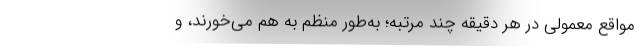
مواقع معمولی در هر دقیقه چند مرتبه؛ به‌طور منظم به هم می‌خورند، و